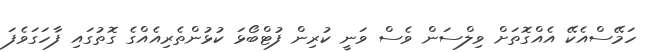
ހަމޭސްއެކޭ އެއްގޮތަށް ވިލްސަން ވެސް ވަނީ ކުރިން ފުޓްބޯޅަ ކުޅުންތެރިއެއްގެ ގޮތުގައި ފާހަގަވެފަ